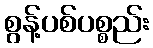
စွန့်ပစ်ပစ္စည်း